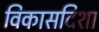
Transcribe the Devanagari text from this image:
विकासदिशा